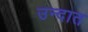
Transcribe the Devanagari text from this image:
उन्दात